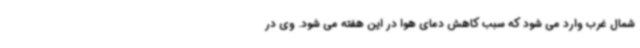
شمال غرب وارد می شود که سبب کاهش دمای هوا در این هفته می شود. وی در